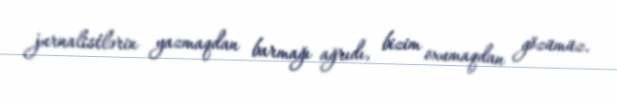
jurnalistlərin yazmaqdan barmağı ağrıdı, bizim oxumaqdan gözümüz.